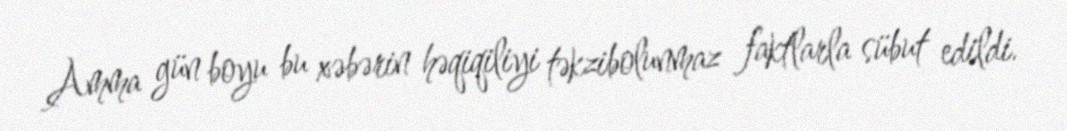
Amma gün boyu bu xəbərin həqiqiliyi təkzibolunmaz faktlarla sübut edildi.